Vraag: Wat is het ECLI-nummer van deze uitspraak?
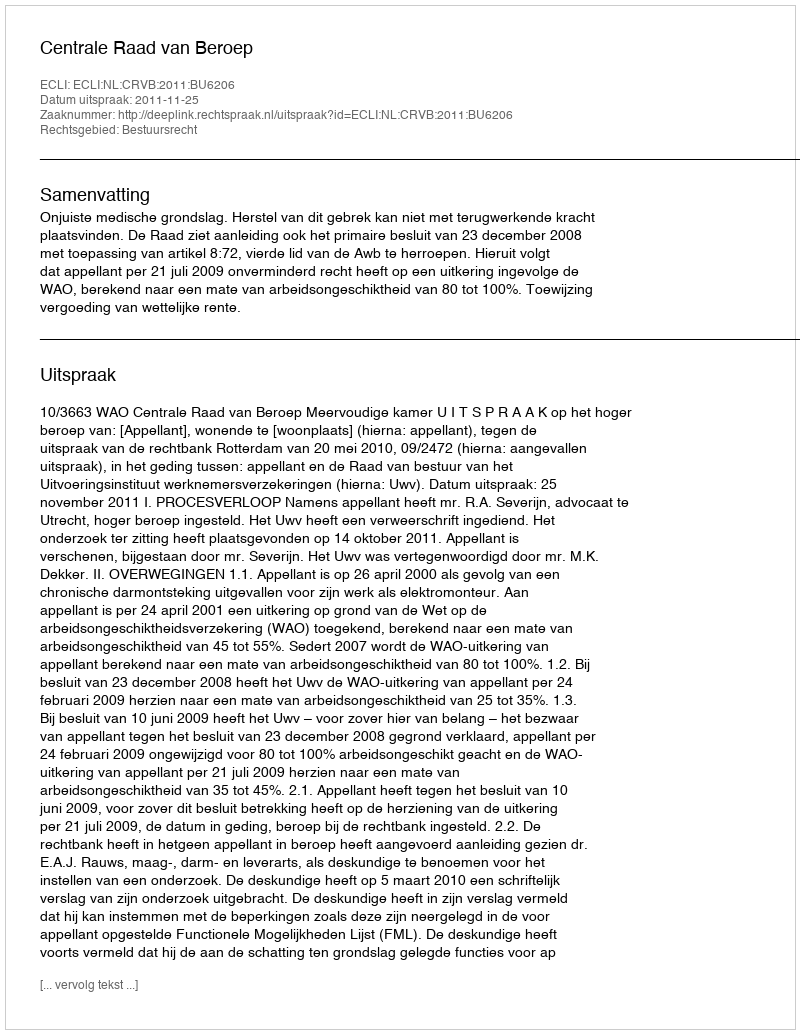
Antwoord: ECLI:NL:CRVB:2011:BU6206